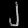
Digit: ၂